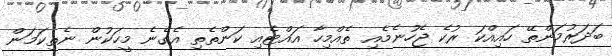
ބަދަރުމަންތޭ ހައިއްކަ ރުކެ ޖެހުނެމެއި ތެއްމިހާ އައްޓެއި ކަންތެތި އެގެނެ މީހަކުން ނެތިކަމަން